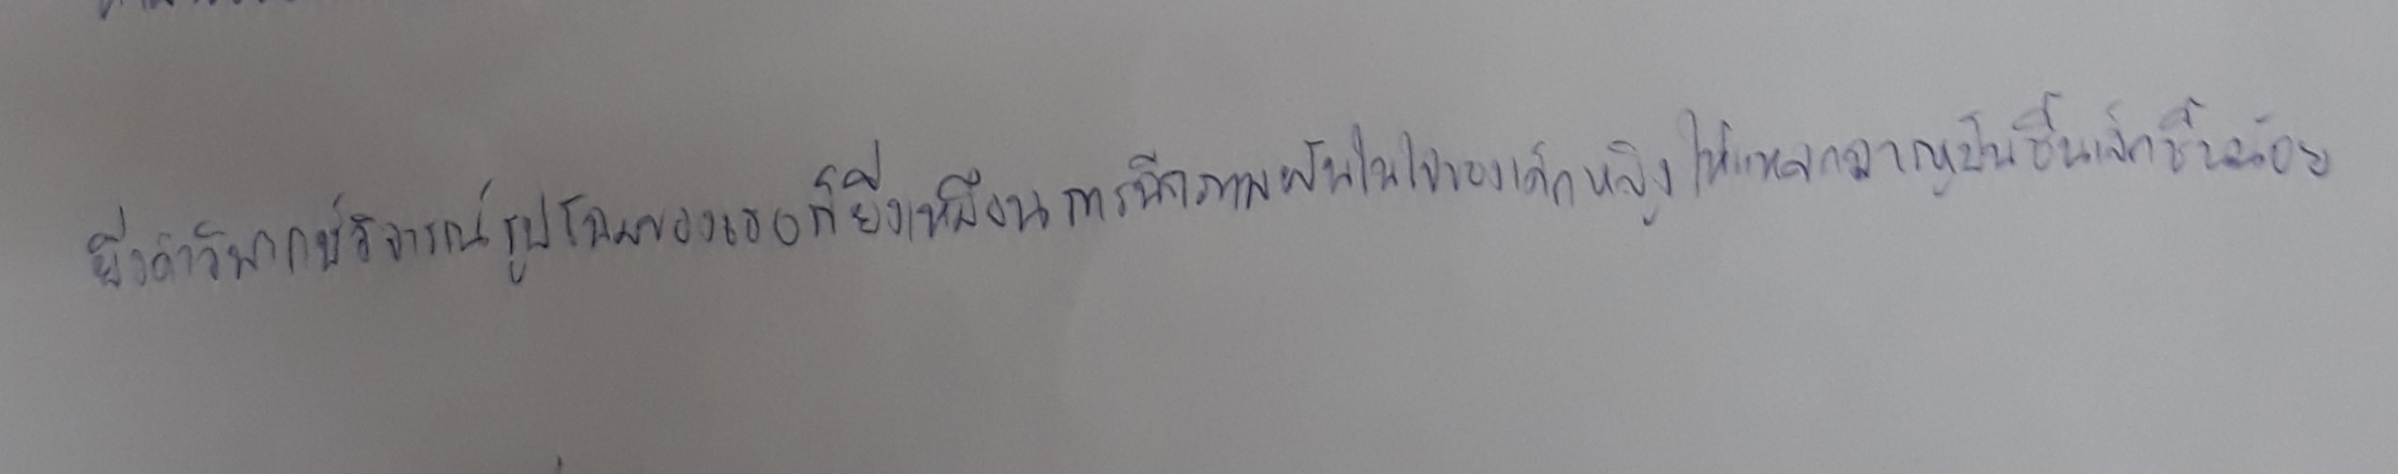
ยิ่งคำวิพากษ์วิจารณ์รูปโฉมของเธอก็ยิ่งเหมือนการฉีกภาพฝันในใจของเด็กหญิงให้แหลกลาญเป็นชิ้นเล็กชิ้นน้อย